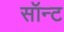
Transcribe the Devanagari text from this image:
सॉन्ट